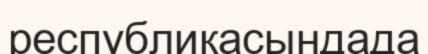
республикасындада